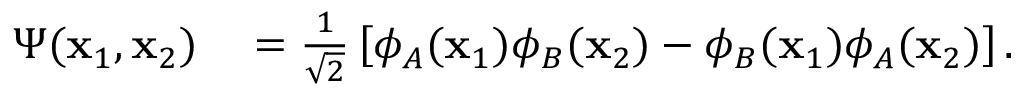
\begin{array} { r l } { \Psi ( \mathbf { x } _ { 1 } , \mathbf { x } _ { 2 } ) } & { { } = { \frac { 1 } { \sqrt { 2 } } } \left[ \phi _ { A } ( \mathbf { x } _ { 1 } ) \phi _ { B } ( \mathbf { x } _ { 2 } ) - \phi _ { B } ( \mathbf { x } _ { 1 } ) \phi _ { A } ( \mathbf { x } _ { 2 } ) \right] . } \end{array}